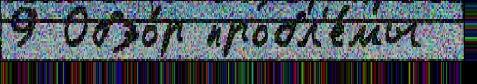
9 Обзо́р пробл'е́мы